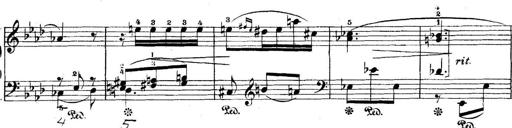
Title: 5 Sonatinas
Composer: Theodor Kirchner